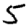
Digit: 5